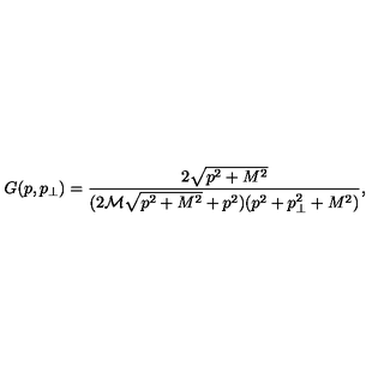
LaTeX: G ( p , p _ { \perp } ) = \frac { 2 \sqrt { p ^ { 2 } + M ^ { 2 } } } { ( 2 \mathcal { M } \sqrt { p ^ { 2 } + M ^ { 2 } } + p ^ { 2 } ) ( p ^ { 2 } + p _ { \perp } ^ { 2 } + M ^ { 2 } ) } ,